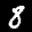
Label: 8